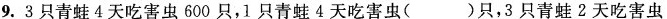
9.3只青蛙4天吃害虫600只，1只青蛙4天吃害虫( )只，3只青蛙2天吃